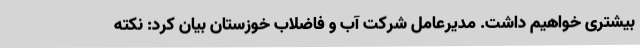
بیشتری خواهیم داشت. مدیرعامل شرکت آب و فاضلاب خوزستان بیان کرد: نکته